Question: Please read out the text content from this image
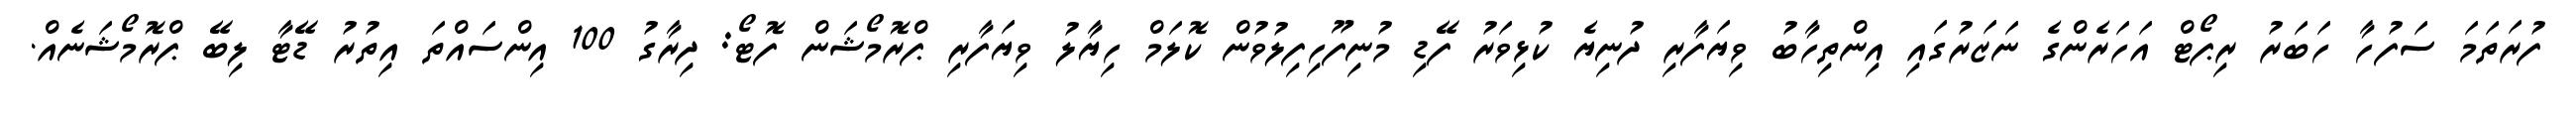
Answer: ފުރަތަމަ ސަފުހާ ހަބަރު ރިޕޯޓް އަހަރެންގެ ނަޒަރުގައި އިންތިހާބު ވިޔަފާރި ދުނިޔެ ކުޅިވަރު ފޭޑި މުނިފޫހިފިލުވުން ކޮލަމް ހިޔާލު ވިޔަފާރި ޕްރޮމޯޝަން ފޮޓޯ: ދިރާގު 100 އިންސައްތަ އިތުރު ޑޭޓާ ލިބޭ ޕްރޮމޯޝަނެއް.